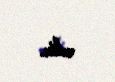
edir.